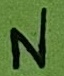
Text: N